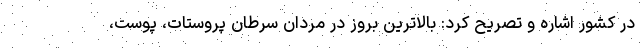
در کشور اشاره و تصریح کرد: بالاترین بروز در مردان سرطان پروستات، پوست،